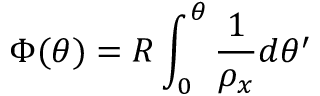
\Phi ( \theta ) = R \int _ { 0 } ^ { \theta } \frac { 1 } { \rho _ { x } } d \theta ^ { \prime }